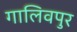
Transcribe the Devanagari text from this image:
गालिवपुर